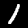
Label: 1